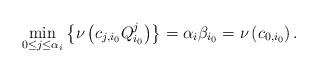
LaTeX: \begin{align*}\min\limits_{0\le j\le\alpha_i}\left\{\nu\left(c_{j,i_0}Q_{i_0}^{j}\right)\right\}=\alpha_i\beta_{i_0}=\nu\left(c_{0,i_0}\right).\end{align*}